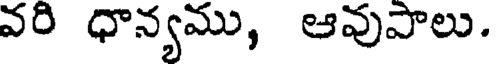
వరి ధాన్యము, ఆవుపాలు.